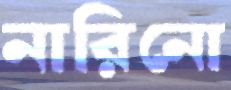
নারিনো